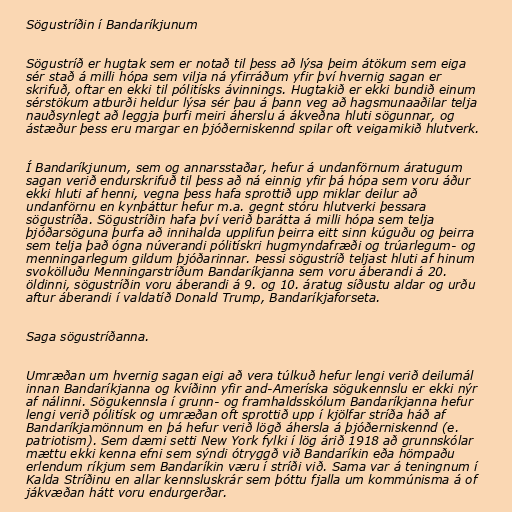
Sögustríðin í Bandaríkjunum

Sögustríð er hugtak sem er notað til þess að lýsa þeim átökum sem eiga
sér stað á milli hópa sem vilja ná yfirráðum yfir því hvernig sagan er
skrifuð, oftar en ekki til pólitísks ávinnings. Hugtakið er ekki bundið einum
sérstökum atburði heldur lýsa sér þau á þann veg að hagsmunaaðilar telja
nauðsynlegt að leggja þurfi meiri áherslu á ákveðna hluti sögunnar, og
ástæður þess eru margar en þjóðerniskennd spilar oft veigamikið hlutverk.

Í Bandaríkjunum, sem og annarsstaðar, hefur á undanförnum áratugum
sagan verið endurskrifuð til þess að ná einnig yfir þá hópa sem voru áður
ekki hluti af henni, vegna þess hafa sprottið upp miklar deilur að
undanförnu en kynþáttur hefur m.a. gegnt stóru hlutverki þessara
sögustríða. Sögustríðin hafa því verið barátta á milli hópa sem telja
þjóðarsöguna þurfa að innihalda upplifun þeirra eitt sinn kúguðu og þeirra
sem telja það ógna núverandi pólitískri hugmyndafræði og trúarlegum- og
menningarlegum gildum þjóðarinnar. Þessi sögustríð teljast hluti af hinum
svokölluðu Menningarstríðum Bandaríkjanna sem voru áberandi á 20.
öldinni, sögustríðin voru áberandi á 9. og 10. áratug síðustu aldar og urðu
aftur áberandi í valdatíð Donald Trump, Bandaríkjaforseta.

Saga sögustríðanna.

Umræðan um hvernig sagan eigi að vera túlkuð hefur lengi verið deilumál
innan Bandaríkjanna og kvíðinn yfir and-Ameríska sögukennslu er ekki nýr
af nálinni. Sögukennsla í grunn- og framhaldsskólum Bandaríkjanna hefur
lengi verið pólitísk og umræðan oft sprottið upp í kjölfar stríða háð af
Bandaríkjamönnum en þá hefur verið lögð áhersla á þjóðerniskennd (e.
patriotism). Sem dæmi setti New York fylki í lög árið 1918 að grunnskólar
mættu ekki kenna efni sem sýndi ótryggð við Bandaríkin eða hömpaðu
erlendum ríkjum sem Bandaríkin væru í stríði við. Sama var á teningnum í
Kalda Stríðinu en allar kennsluskrár sem þóttu fjalla um kommúnisma á of
jákvæðan hátt voru endurgerðar.